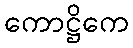
ကောဋ္ဌိကေ